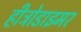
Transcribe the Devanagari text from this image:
हीट्रोडाइमर